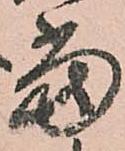
當